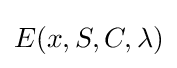
E(x,S,C,\lambda )